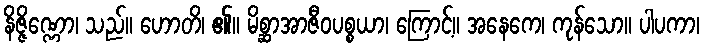
နိဇ္ဇိဏ္ဏော၊ သည်။ ဟောတိ၊ ၏။ မိစ္ဆာအာဇီဝပစ္စယာ၊ ကြောင့်။ အနေကေ၊ ကုန်သော။ ပါပကာ၊